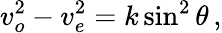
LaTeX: v_{o}^{2\! }-v_{e}^{2}=k\sin^{2}\theta\, ,